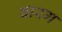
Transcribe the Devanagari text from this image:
बारग